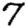
Digit: 7